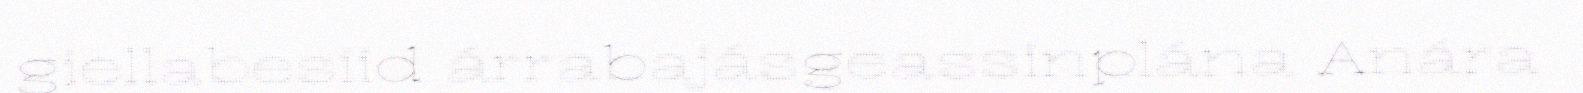
giellabesiid árrabajásgeassinplána Anára